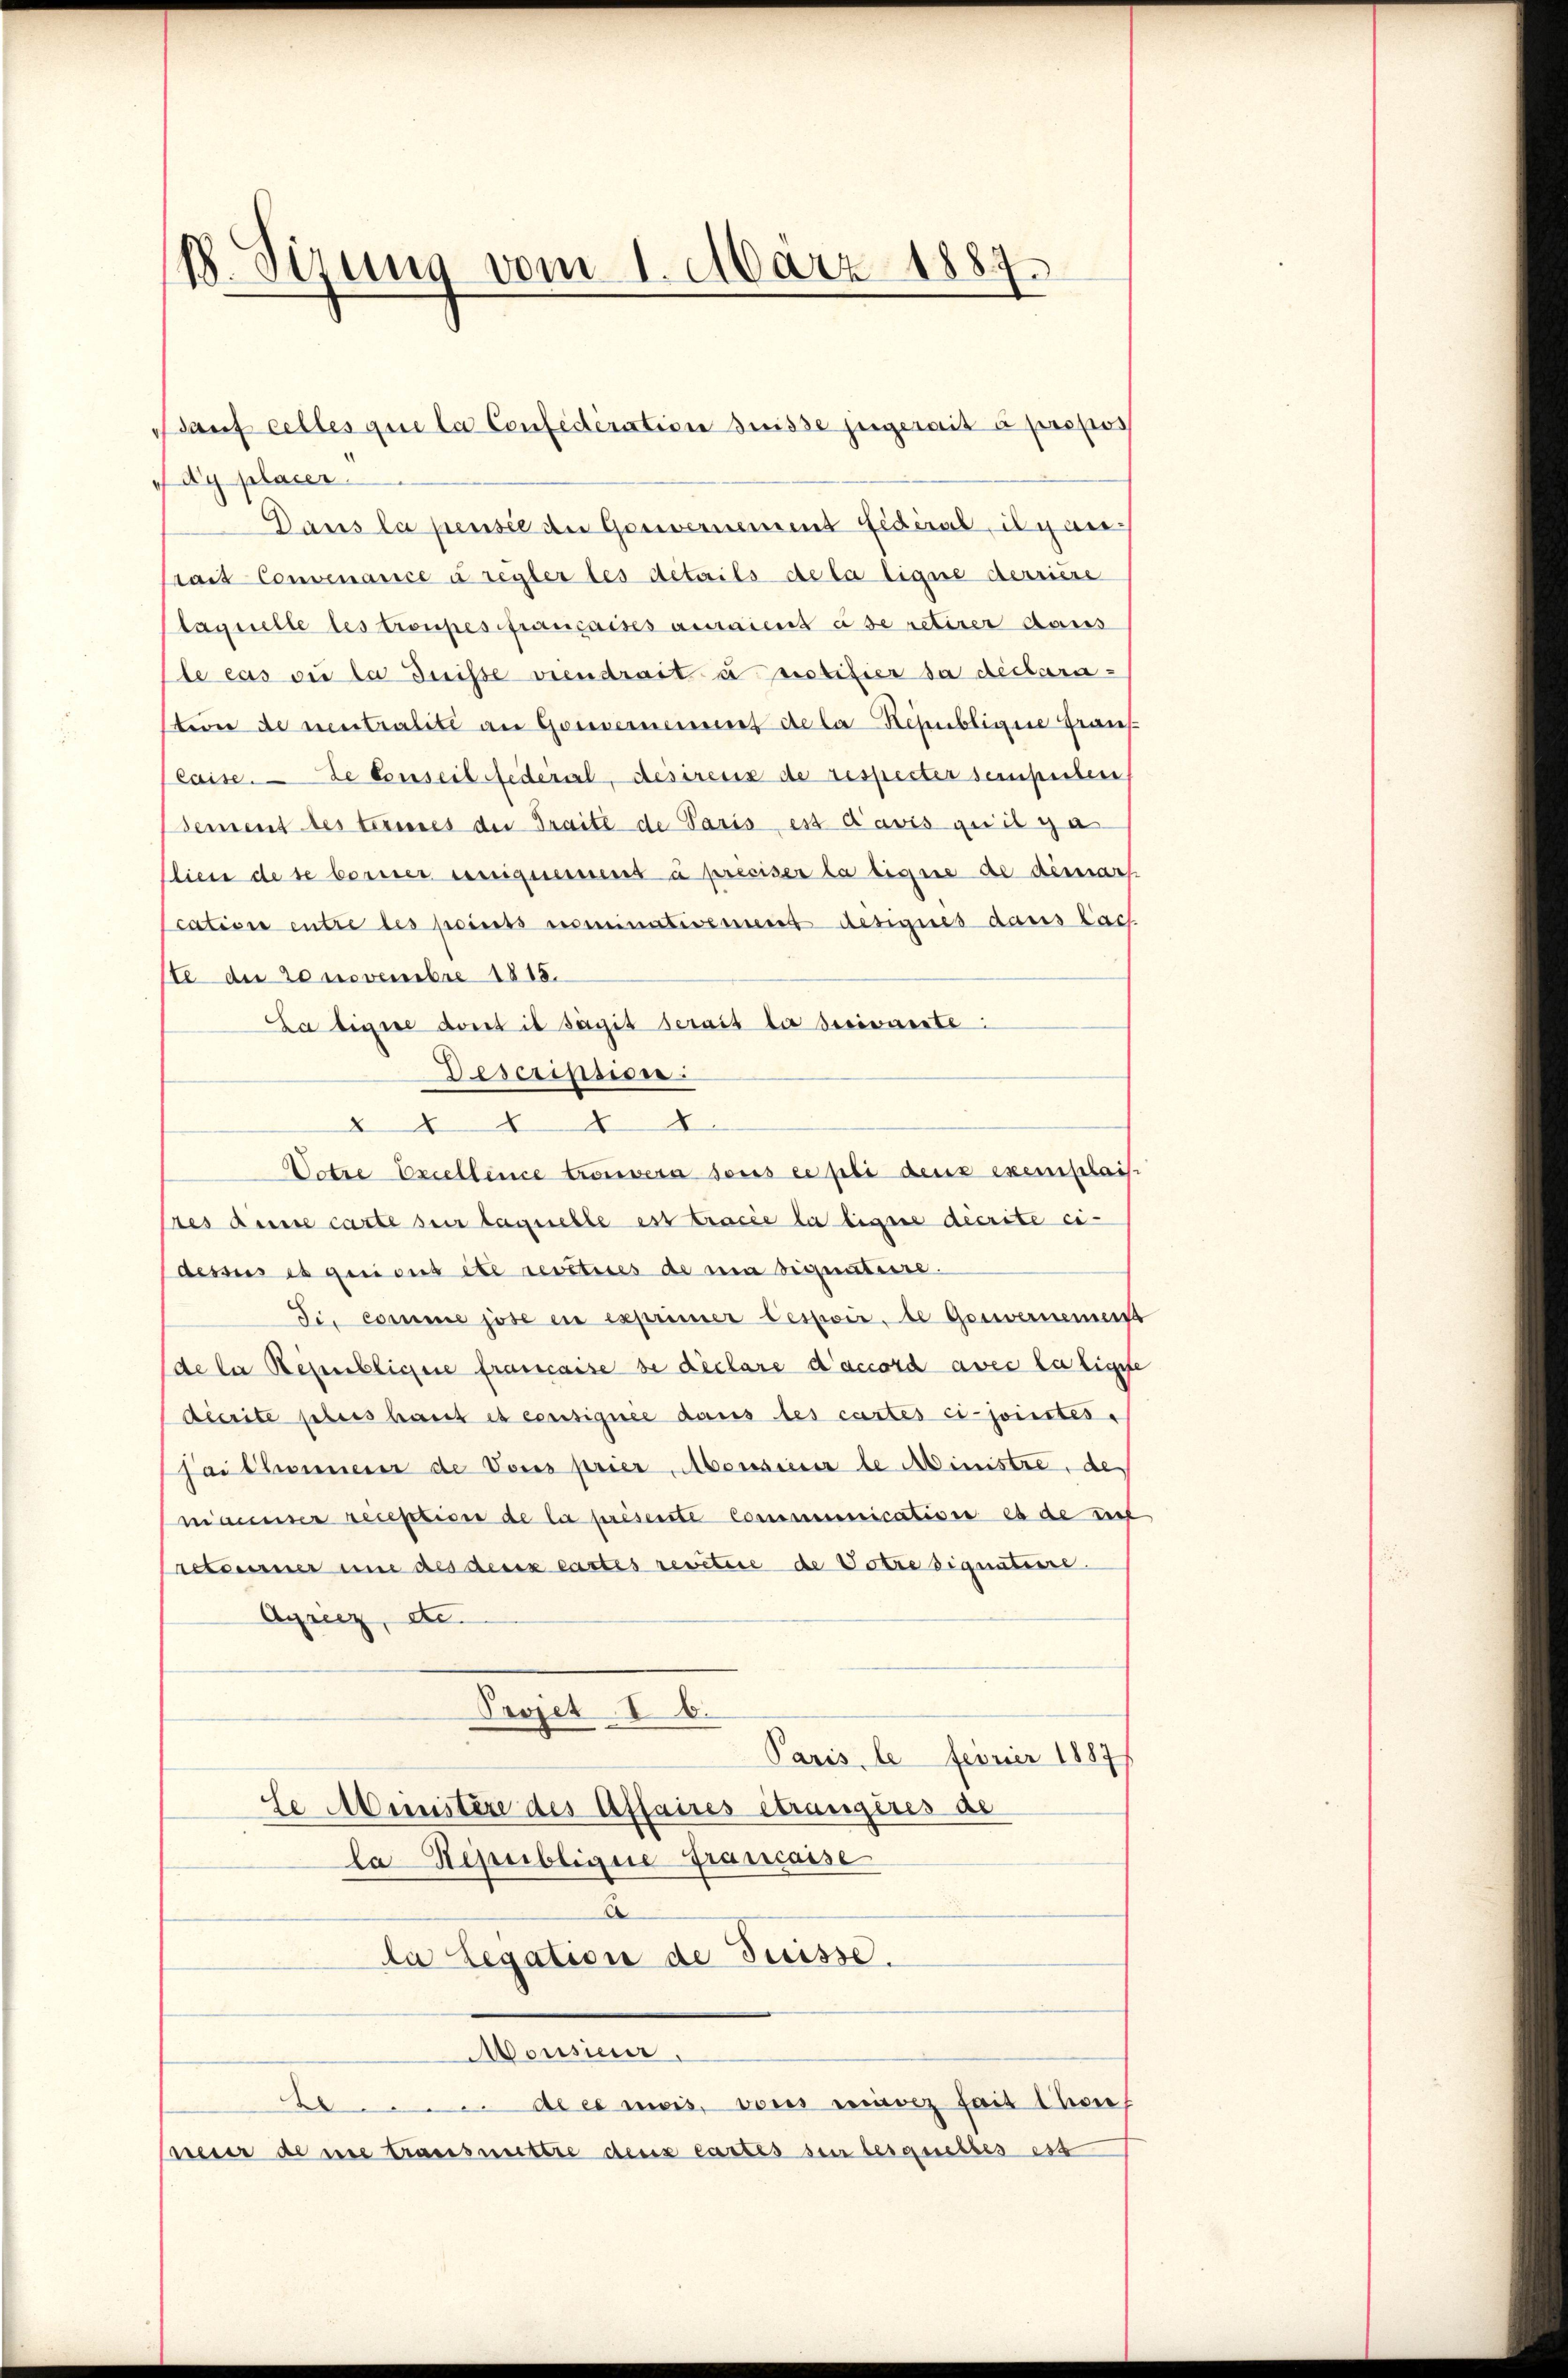
B. Sizung vom 1. März 1884.

dy placer
Dans la penste an Gouvernement fidéral, il y antait Convenance à regler des details de la ligne derriese
Lagstelle des troupes françaises auraient à se retirer Haus
Ele cas die la Suisse viendrait u. notifier da declaration de neutralité an Gouvernement de la Republigen Frau
Caise. Le conseil Federal, desirens de respecter sempelen
sement des termes der Traité de Paris es d’avis qu’il y a
lien de se berner einignerient à préciser la ligene de dienart
cation entre des points nominativement designes dans lach
ste der 20 novembre 1815.
La ligne dont il sagit serait da beziemente
Description.
2 11 t
Votre Excellence trouvera sous ei pli dens exemplais.
res diese carte sur laquelle est tracée la ligene décrite ei
dessus et qui sus été reveties de ein Signataire.
Fi. comme jose in exprimier Cessoir, de Gouvernemen
(de la Republichere francaise se déclare d’accord avec la ligese
Becrite preis haut es ecusignée dans des cartes ci-jonistes-
Pai Connen de Vous prier Monsiner le Ministre, de
manniser reception de la présente Communication es de test
retourner und des deux castes revitire de Votre signatisse.
Agriez, de
Projet I 6.
Paris, le feurier 1887
le Ministère des Affaires étrangères de
La Republigere Francasse
A
da Legation de Suisse.
Mousieur,
te. Aber mois, vons marez sait thon
Meier de nie transmettre dens cartes sei lesquelles est

Baŭf celles que la Confederation suisse jugerait à propos